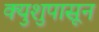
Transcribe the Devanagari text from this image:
क्युशुपासून